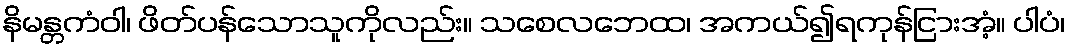
နိမန္တကံဝါ၊ ဖိတ်ပန်သောသူကိုလည်း။ သစေလဘေထ၊ အကယ်၍ရကုန်ငြားအံ့။ ပါပံ၊